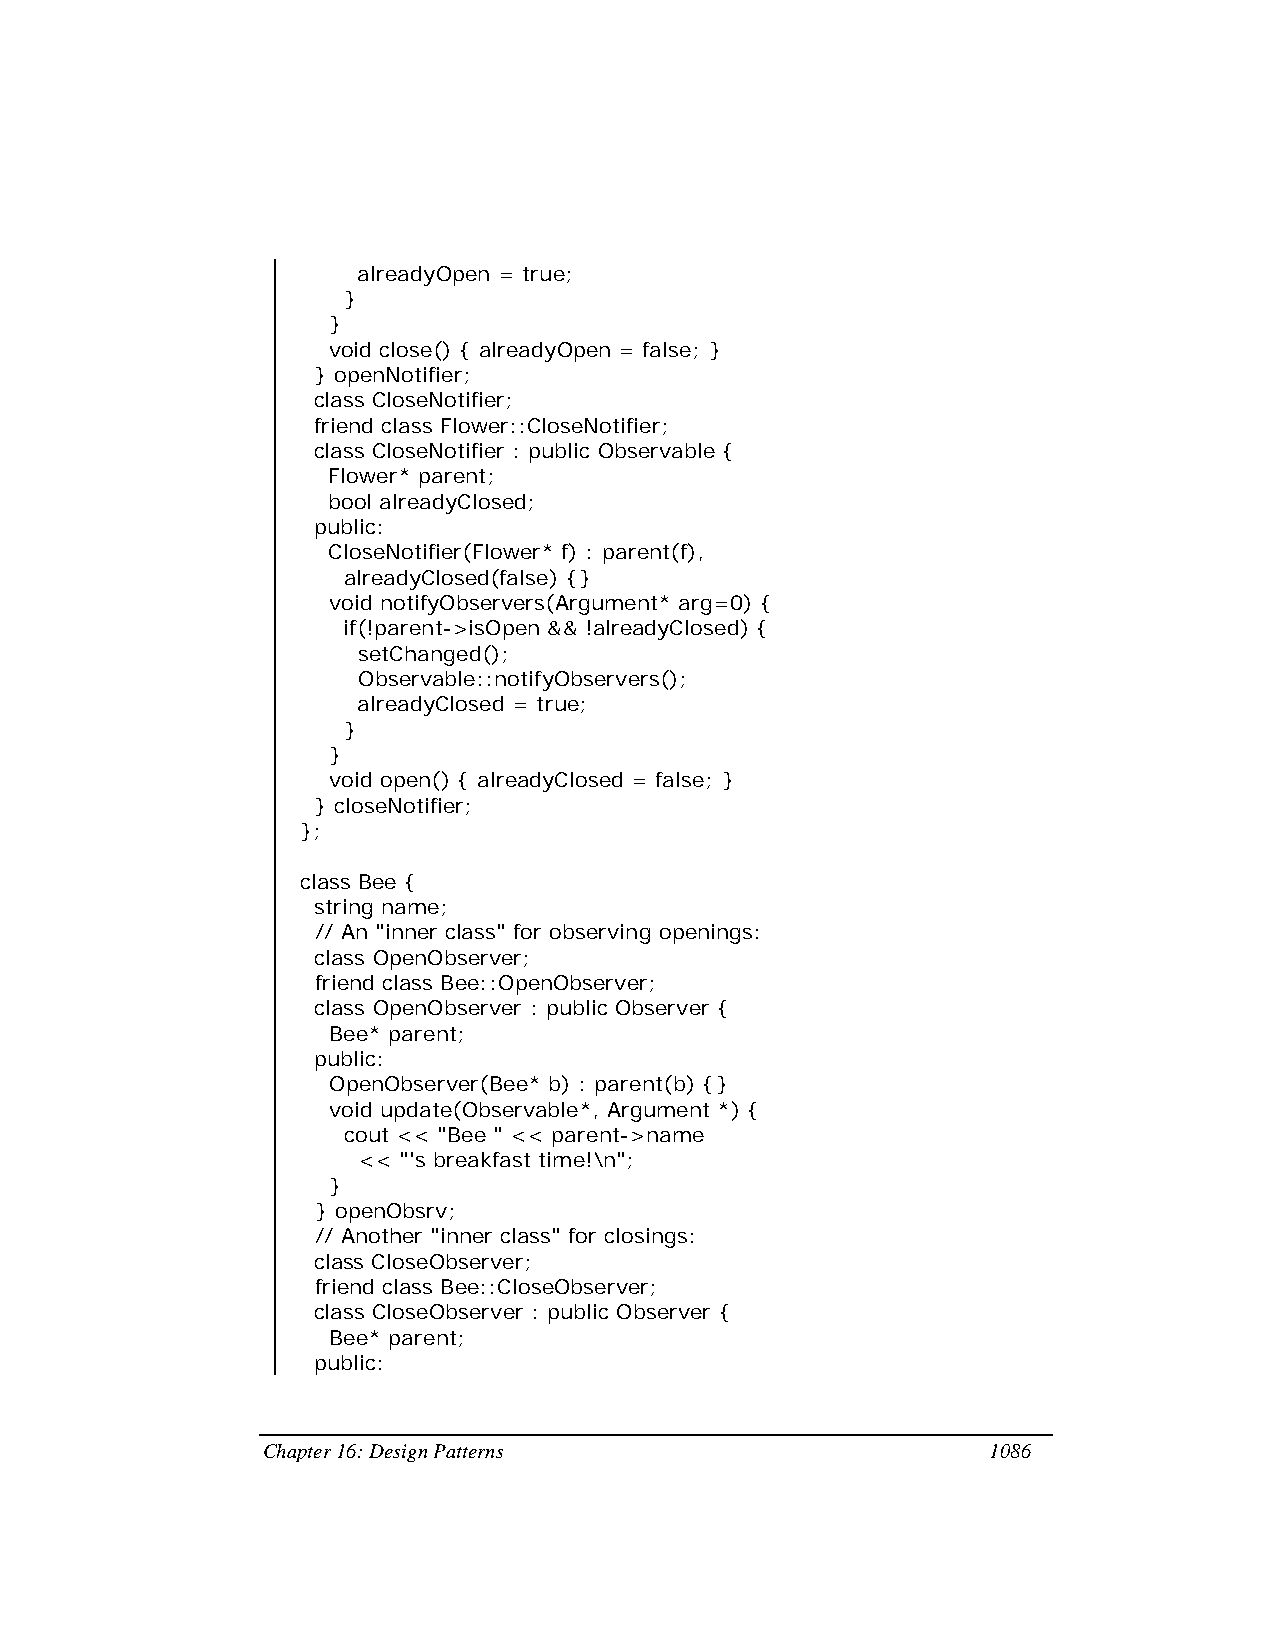
alreadyOpen = true;
 }
 }
 void close() { alreadyOpen = false; }
 } openNotifier;
 class CloseNotifier;
 friend class Flower::CloseNotifier;
 class CloseNotifier : public Observable {
 Flower* parent;
 bool alreadyClosed;
 public:
 CloseNotifier(Flower* f) : parent(f),
 alreadyClosed(false) {}
 void notifyObservers(Argument* arg=0) {
 if(!parent->isOpen && !alreadyClosed) {
 setChanged();
 Observable::notifyObservers();
 alreadyClosed = true;
 }
 }
 void open() { alreadyClosed = false; }
 } closeNotifier;
 };
 class Bee {
 string name;
 // An "inner class" for observing openings:
 class OpenObserver;
 friend class Bee::OpenObserver;
 class OpenObserver : public Observer {
 Bee* parent;
 public:
 OpenObserver(Bee* b) : parent(b) {}
 void update(Observable*, Argument *) {
 cout << "Bee " << parent->name
 << "'s breakfast time!\n";
 }
 } openObsrv;
 // Another "inner class" for closings:
 class CloseObserver;
 friend class Bee::CloseObserver;
 class CloseObserver : public Observer {
 Bee* parent;
 public:
 Chapter 16: Design Patterns                     1086